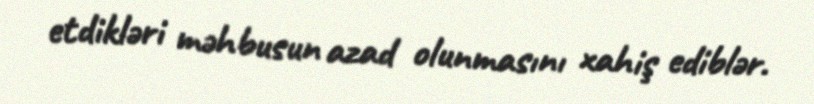
etdikləri məhbusun azad olunmasını xahiş ediblər.